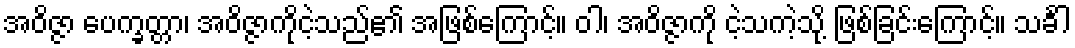
အဝိဇ္ဇာ ပေက္ခတ္တာ၊ အဝိဇ္ဇာကိုငဲ့သည်၏ အဖြစ်ကြောင့်။ ဝါ၊ အဝိဇ္ဇာကို ငဲ့သကဲ့သို့ ဖြစ်ခြင်းကြောင့်။ သင်္ခါ